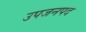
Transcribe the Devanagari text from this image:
उपजनपद